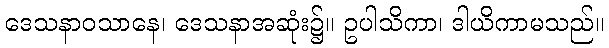
ဒေသနာဝသာနေ၊ ဒေသနာအဆုံး၌။ ဥပါသိကာ၊ ဒါယိကာမသည်။